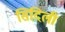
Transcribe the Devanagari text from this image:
सिदिली